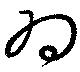
為